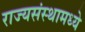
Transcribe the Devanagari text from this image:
राज्यसंस्थामध्ये